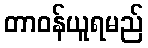
တာဝန်ယူရမည်